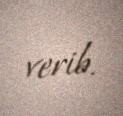
verib.